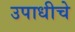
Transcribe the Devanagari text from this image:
उपाधीचे